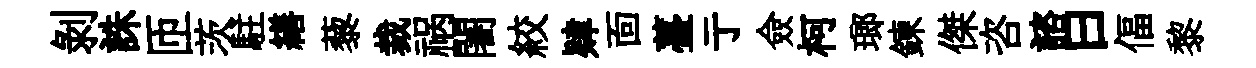
剝誅匝茨駐繕藜裁祸闍絞肄靣薹亍僉柯瑯鍊傑咨諮曰偪黎